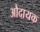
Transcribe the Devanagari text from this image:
औदायक